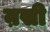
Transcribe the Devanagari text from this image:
ऩसी